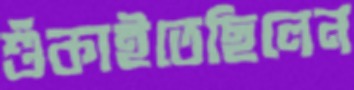
শুঁকাইতেছিলেন